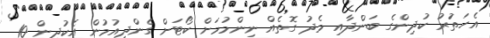
އެހަތަުރު ކުދިންގެ ބަންދާއި މެދު ގޮތެއް ނިންމުމަށް ކޯޓަށް ގެންދިއުމުން އެކުދިން 10